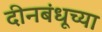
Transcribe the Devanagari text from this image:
दीनबंधूच्या